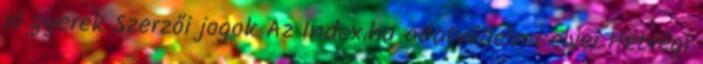
jó gyerek Szerzői jogok Az Index.hu adatvédelmi elvei Hétvégi